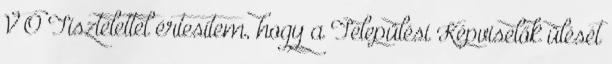
V Ó Tisztelettel értesítem, hogy a Települési Képviselők ülését